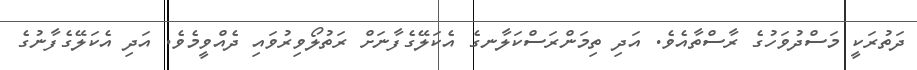
ދަތުރަކީ މަސްދުވަހުގެ ރާސްތާއެވެ. އަދި ތިމަންރަސްކަލާނގެ އެކަލޭގެފާނަށް ރަތުލޯވިރުވައި ދެއްވީމެވެ. އަދި އެކަލޭގެފާނުގެ